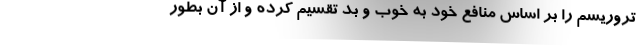
تروریسم را بر اساس منافع خود به خوب و بد تقسیم کرده و از آن بطور